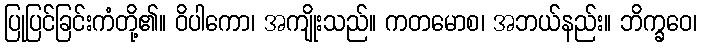
ပြုပြင်ခြင်းကံတို့၏။ ဝိပါကော၊ အကျိုးသည်။ ကတမောစ၊ အဘယ်နည်း။ ဘိက္ခဝေ၊